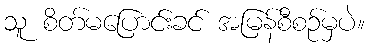
သူ စိတ်မပြောင်းခင် အမြန်စီစဉ်မှပဲ။